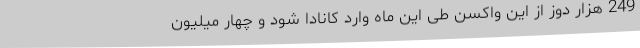
249 هزار دوز از این واکسن طی این ماه وارد کانادا شود و چهار میلیون